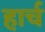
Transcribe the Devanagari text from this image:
हार्च